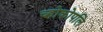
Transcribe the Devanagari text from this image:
च्होकोपलि